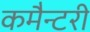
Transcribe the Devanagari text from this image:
कमैन्टरी